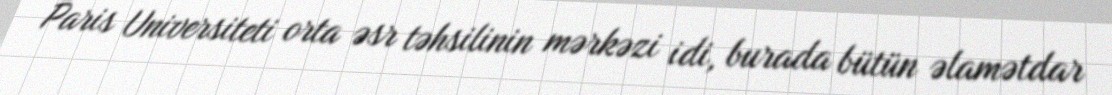
Paris Universiteti orta əsr təhsilinin mərkəzi idi, burada bütün əlamətdar